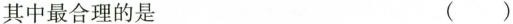
其中最合理的是 ( )